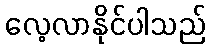
လေ့လာနိုင်ပါသည်